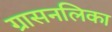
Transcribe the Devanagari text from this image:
ग्रासनलिका